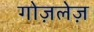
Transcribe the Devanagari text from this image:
गोज़लेज़